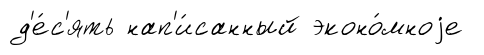
д'е́с'ять нап'и́санный эконо́мноjе